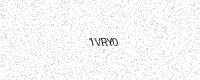
Text: 1VRY0